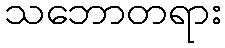
သဘောတရား